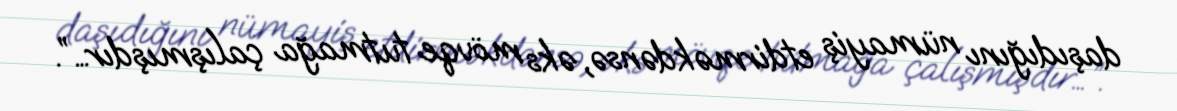
daşıdığını nümayiş etdirməkdənsə, əks mövqe tutmağa çalışmışdır…”.